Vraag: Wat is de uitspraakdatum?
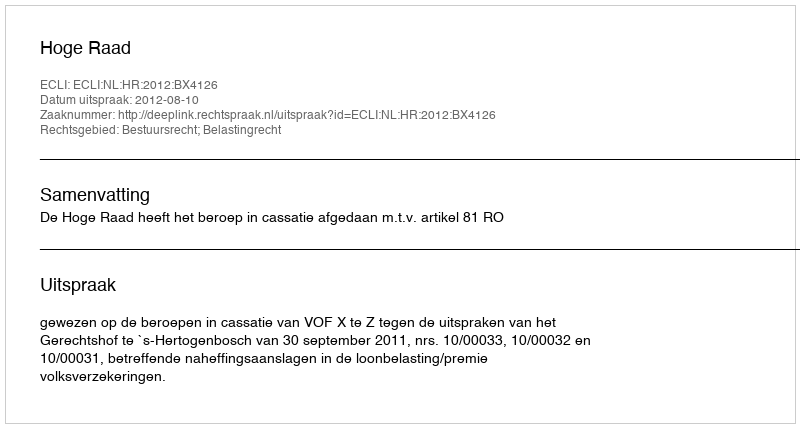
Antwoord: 2012-08-10